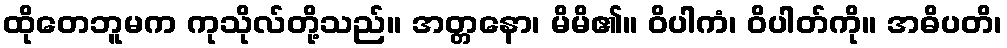
ထိုတေဘူမက ကုသိုလ်တို့သည်။ အတ္တနော၊ မိမိ၏။ ဝိပါကံ၊ ဝိပါတ်ကို။ အဓိပတိ၊